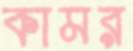
কামর